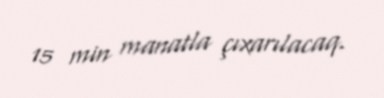
15 min manatla çıxarılacaq.